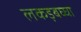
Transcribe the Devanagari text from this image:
लकड़बघ्घा